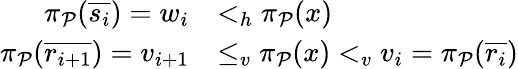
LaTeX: \begin{array}{rl}{\pi_{\mathcal{P}}(\overline{{s_{i}}})=w_{i}}&{<_{h}\pi_{\mathcal{P}}(x)}\\ {\pi_{\mathcal{P}}(\overline{{r_{i+1}}})=v_{i+1}}&{\leq_{v}\pi_{\mathcal{P}}(x)<_{v}v_{i}=\pi_{\mathcal{P}}(\overline{{r_{i}}})}\end{array}